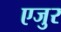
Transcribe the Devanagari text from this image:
एजुर